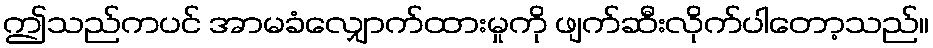
ဤသည်ကပင် အာမခံလျှောက်ထားမှုကို ဖျက်ဆီးလိုက်ပါတော့သည်။